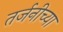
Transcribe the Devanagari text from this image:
तर्जनीच्या